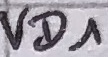
Text: VD1